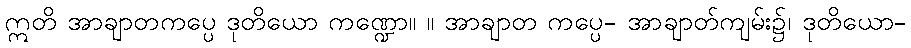
ဣတိ အာချာတကပ္ပေ ဒုတိယော ကဏ္ဍော။ ။ အာချာတ ကပ္ပေ- အာချာတ်ကျမ်း၌၊ ဒုတိယော-